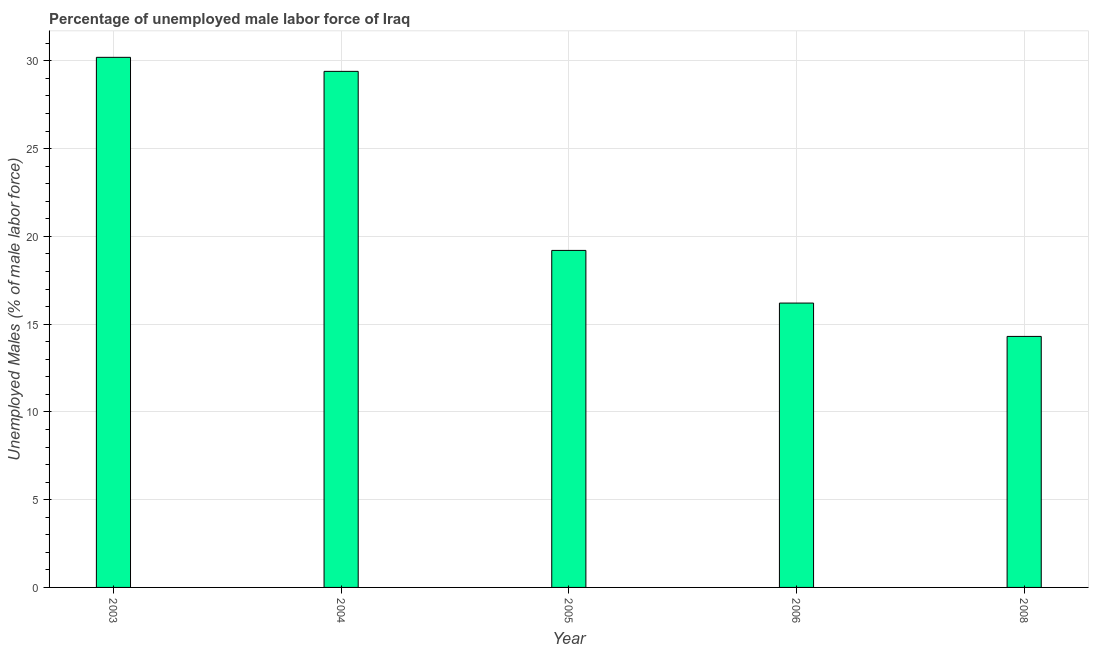
| Year | Unemployment male |
 | --- | --- |
 | 2003 | 30.2 |
 | 2004 | 29.4 |
 | 2005 | 19.2 |
 | 2006 | 16.2 |
 | 2008 | 14.3 |